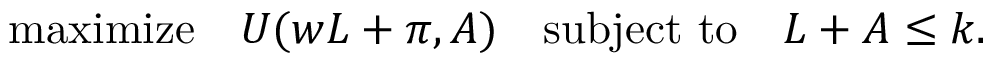
{ \mathrm { m a x i m i z e } } \quad U ( w L + \pi , A ) \quad { \mathrm { s u b j e c t ~ t o } } \quad L + A \leq k .